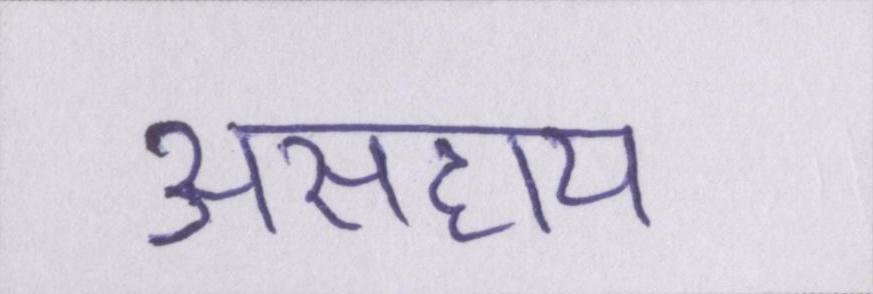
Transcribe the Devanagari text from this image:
असहाय